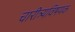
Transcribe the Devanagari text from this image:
चारीत्र्यविषयक